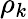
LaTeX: \rho_{k}